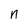
Character: n